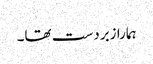
ہمارا زبردست تھا۔